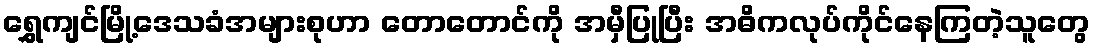
ရွှေကျင်မြို့ဒေသခံအများစုဟာ တောတောင်ကို အမှီပြုပြီး အဓိကလုပ်ကိုင်နေကြတဲ့သူတွေ